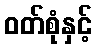
ဝတ်စုံနှင့်